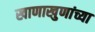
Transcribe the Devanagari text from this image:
खाणाखुणांच्या